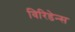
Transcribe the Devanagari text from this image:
विरिडेन्स